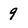
Character: 9